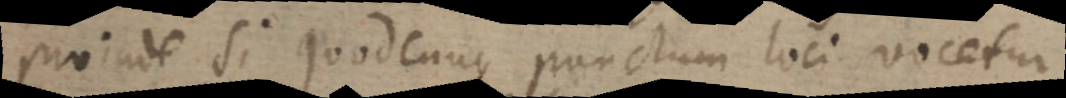
pro inde si quodcunque punctum loci vocetur